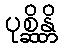
ပုစ္ဆိန္တိ